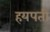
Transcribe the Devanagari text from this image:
हयपती